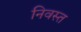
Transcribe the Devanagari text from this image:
निवस्त